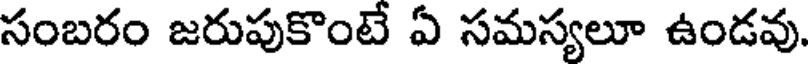
సంబరం జరుపుకొంటే ఏ సమస్యలూ ఉండవు.